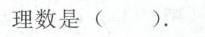
理数是()。